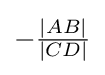
{\textstyle -{\frac {|AB|}{|CD|}}}